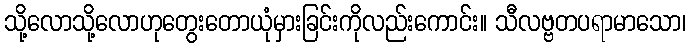
သို့လောသို့လောဟုတွေးတောယုံမှားခြင်းကိုလည်းကောင်း။ သီလဗ္ဗတပရာမာသော၊